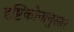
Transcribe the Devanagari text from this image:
दृष्टिकोनानुसार